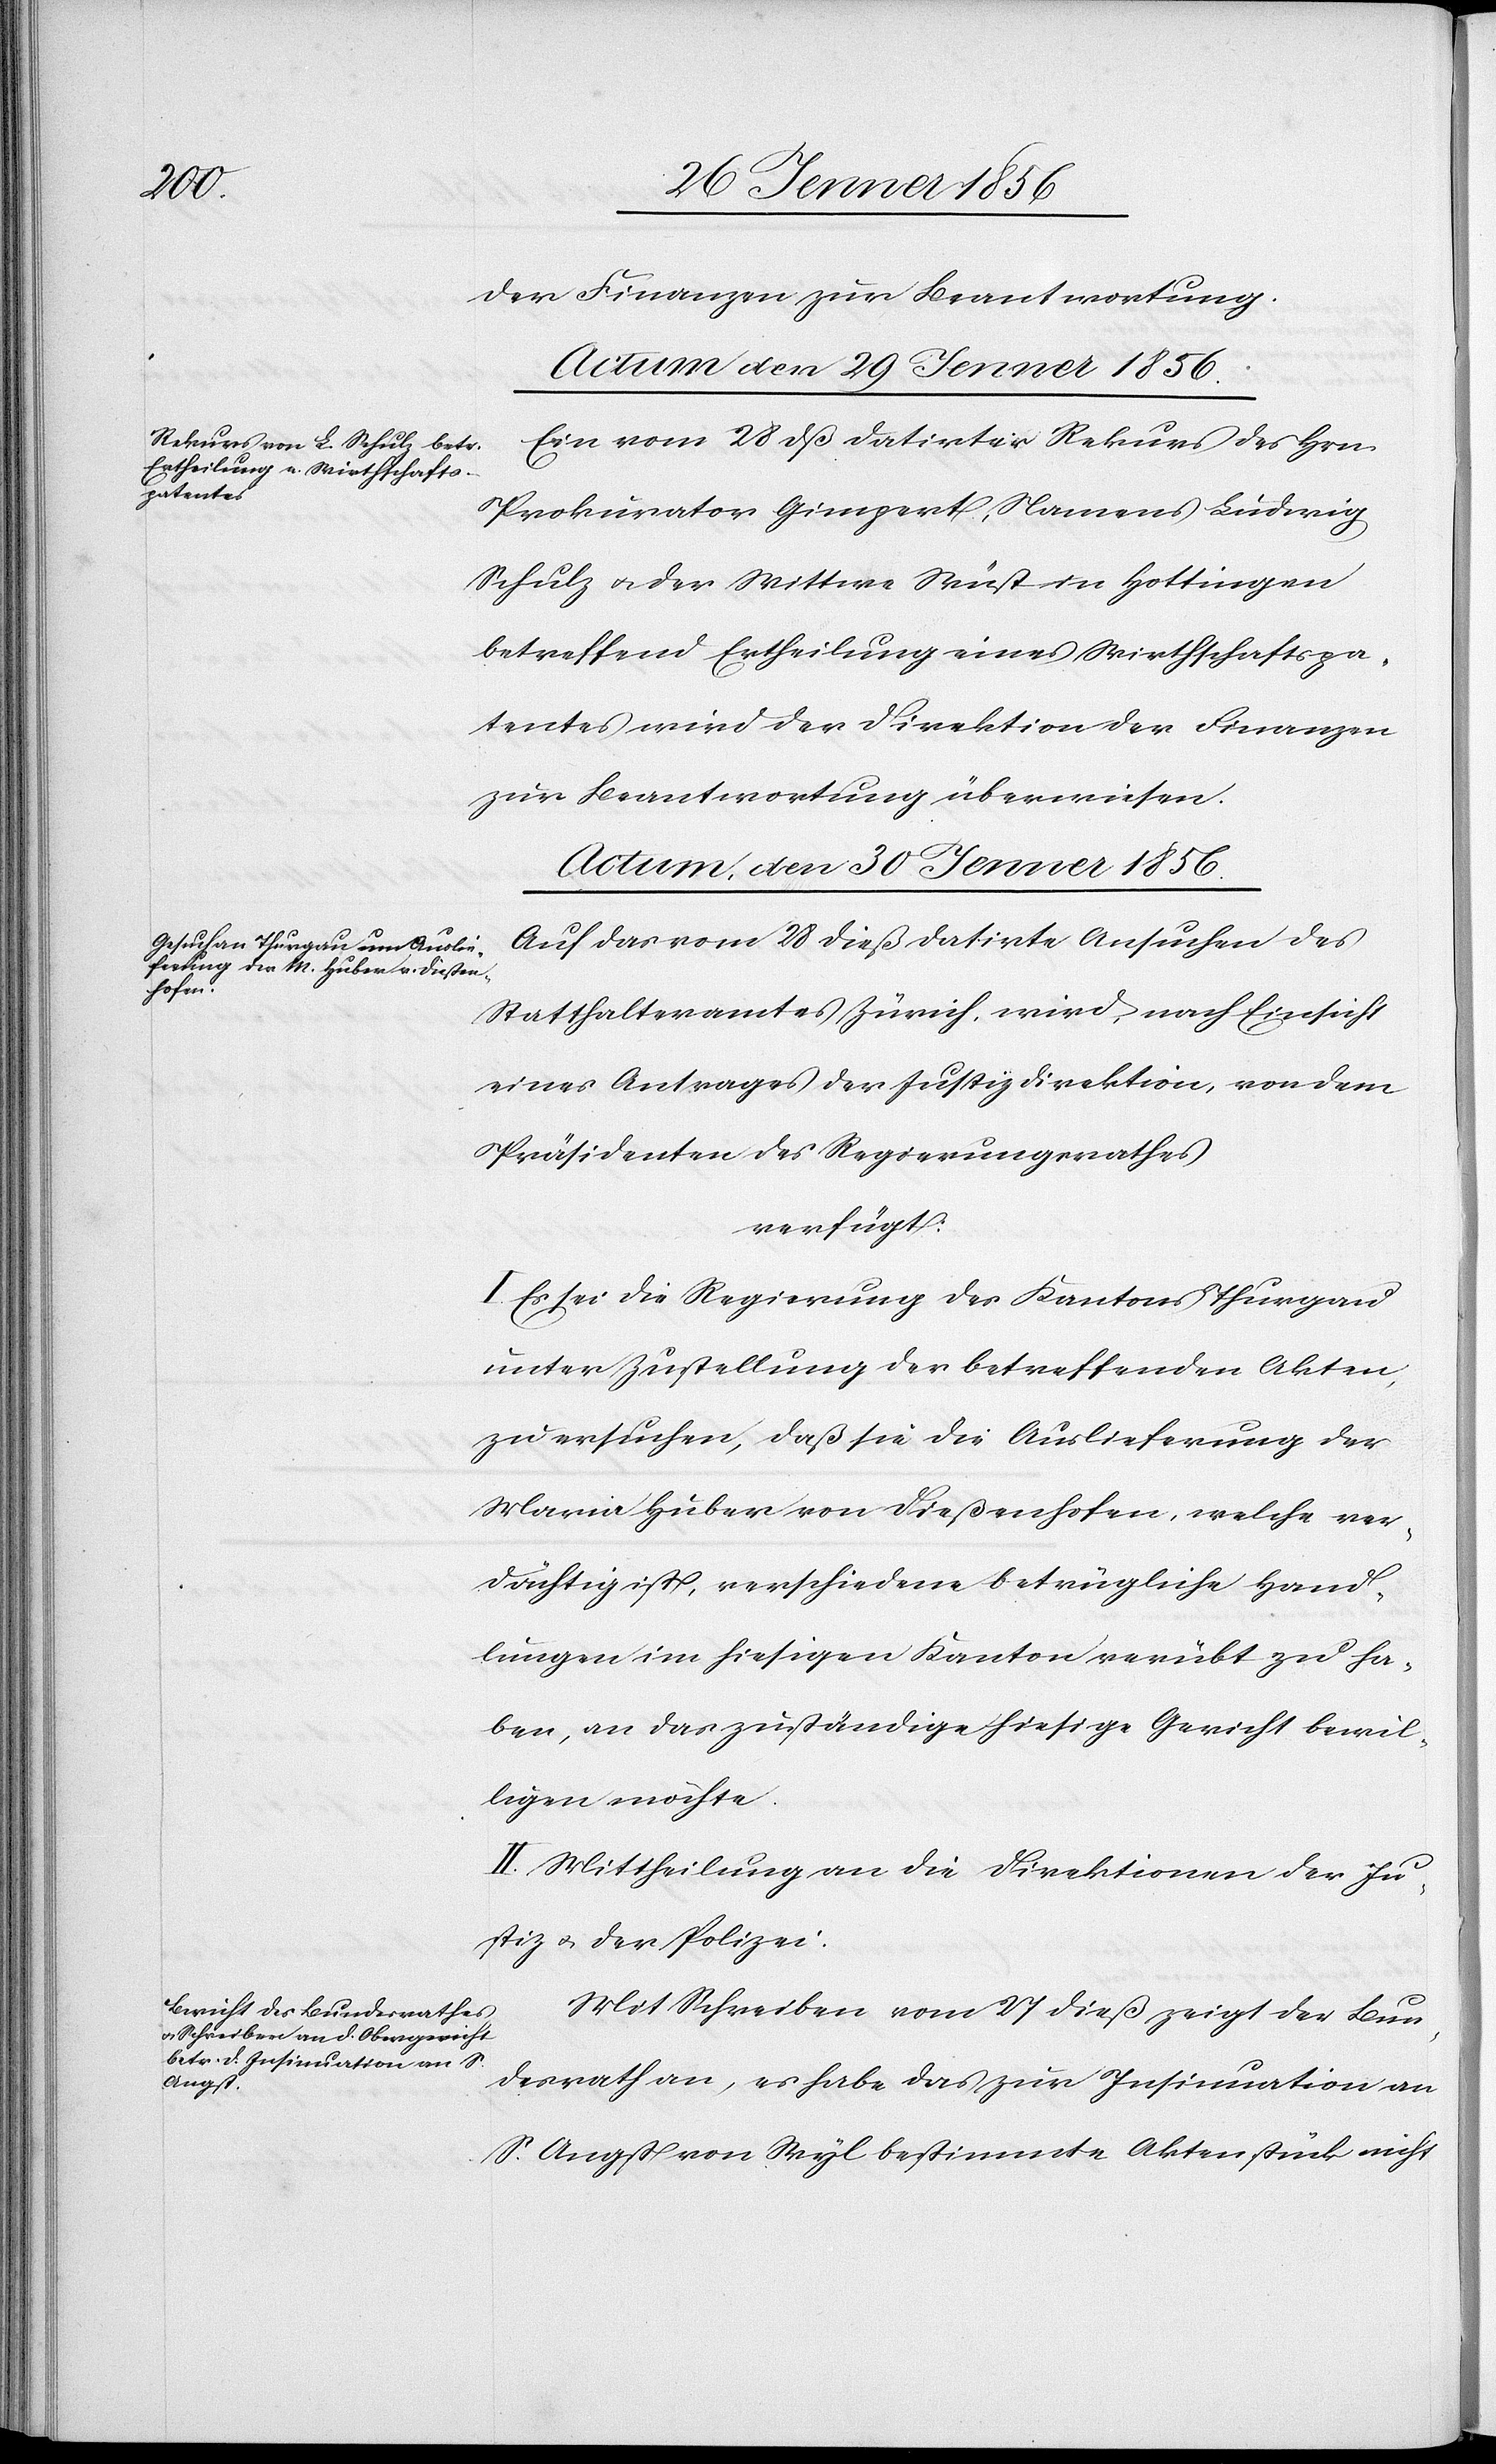
der Finanzen zur Beantwortung.
Actum, den 30 Jenner 1856.]
Ein vom 28 daß datirter Rekurs des Hrn
Prokurator Gimpert, Namens Ludwig
Schulz u. der Wittwe Wüst in Hottingen
betreffend Ertheilung eines Wirthschaftspa¬
tentes wird der Direktion der Finanzen
zur Beantwortung überwiesen.
Actum, den 30 Jenner 1856.
Auf das vom 28 dieß datirte Ansuchen des
Statthalteramtes Zürich, wird nach Einsicht
eines Antrages der Justizdirektion, von dem
Präsidenten des Regierungsrathes
verfügt:
I. Es sei die Regierung des Kantons Thurgau
unter Zustellung der betreffenden Akten,
zu ersuchen, daß sie die Auslieferung der
Maria Huber von Dießenhofen, welche ver¬
dächtig ist, verschiedene betrügliche Hand¬
lungen im hiesigen Kanton verübt zu ha¬
ben, an das zuständige hiesige Gericht bewil¬
ligen möchte.
II. Mittheilung an die Direktionen der Ju¬
stiz u. der Polizei.
Mit Schreiben vom 27 dieß zeigt der Bun¬
desrath an, es habe das zur Insinuation an
S. Angst von Wyl bestimmte Aktenstück nicht